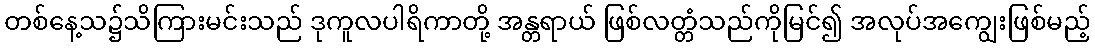
တစ်နေ့သ၌သိကြားမင်းသည် ဒုကူလပါရိကာတို့ အန္တရာယ် ဖြစ်လတ္တံသည်ကိုမြင်၍ အလုပ်အကျွေးဖြစ်မည့်